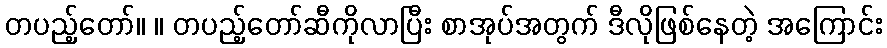
တပည့်တော်။ ။ တပည့်တော်ဆီကိုလာပြီး စာအုပ်အတွက် ဒီလိုဖြစ်နေတဲ့ အကြောင်း